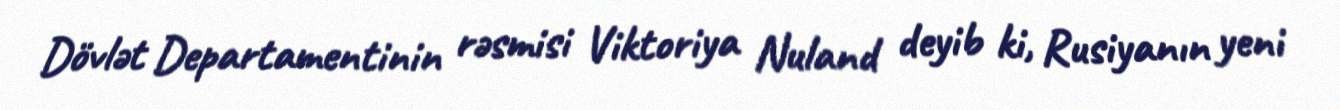
Dövlət Departamentinin rəsmisi Viktoriya Nuland deyib ki, Rusiyanın yeni